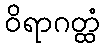
ဝိရာဂတ္ထံ